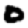
Digit: 0